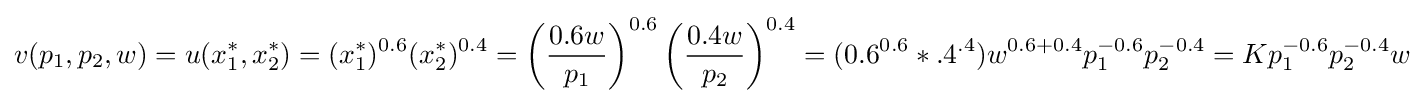
v(p_{1},p_{2},w)=u(x_{1}^{*},x_{2}^{*})=(x_{1}^{*})^{0.6}(x_{2}^{*})^{0.4}=\left({\frac {0.6w}{p_{1}}}\right)^{0.6}\left({\frac {0.4w}{p_{2}}}\right)^{0.4}=(0.6^{0.6}*.4^{.4})w^{0.6+0.4}p_{1}^{-0.6}p_{2}^{-0.4}=Kp_{1}^{-0.6}p_{2}^{-0.4}w